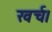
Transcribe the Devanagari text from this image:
खर्च।